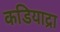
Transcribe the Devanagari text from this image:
कडियाद्रा